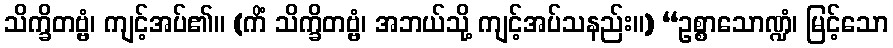
သိက္ခိတဗ္ဗံ၊ ကျင့်အပ်၏။ (ကိံ သိက္ခိတဗ္ဗံ၊ အဘယ်သို့ ကျင့်အပ်သနည်း။) “ဥစ္စာသောဏ္ဍံ၊ မြင့်သော